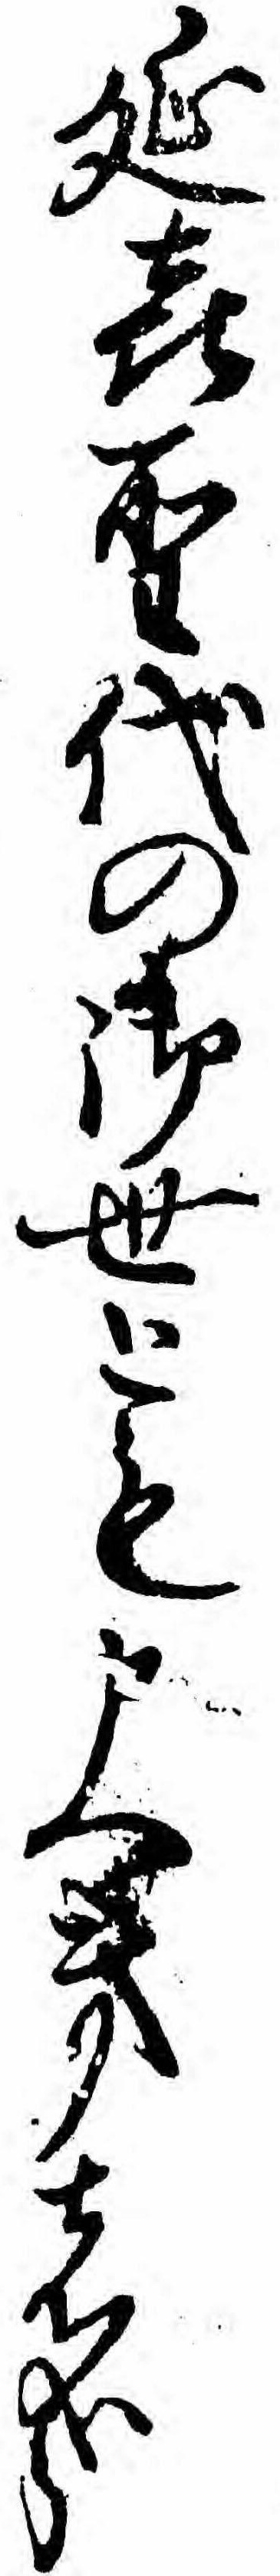
延喜聖代の御世とも申へき者哉